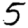
Digit: 5